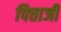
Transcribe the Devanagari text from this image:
पित्ताजी